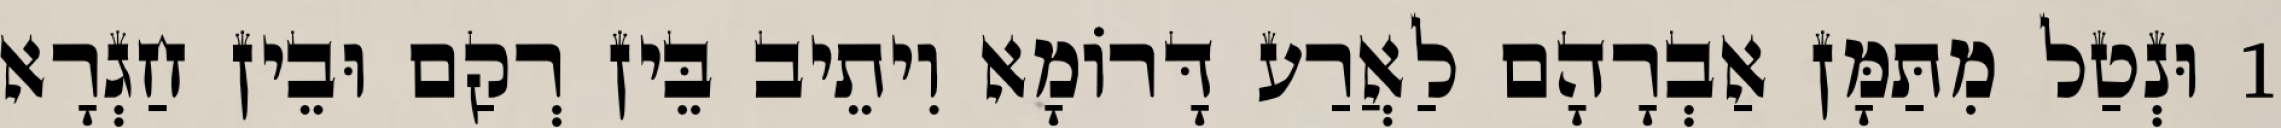
1 וּנְטַל מִתַּמָּן אַבְרָהָם לַאֲרַע דָּרוֹמָא וִיתֵיב בֵּין רְקַם וּבֵין חַגְרָא